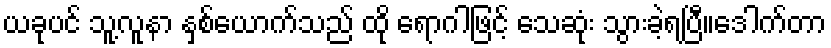
ယခုပင် သူ့လူနာ နှစ်ယောက်သည် ထို ရောဂါဖြင့် သေဆုံး သွားခဲ့ရပြီ။ဒေါက်တာ